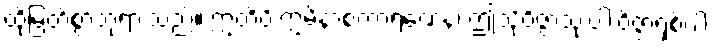
ထိုမြတ်စွာဘုရားသည်။ ဣတိပိ ဣမိနာစကာရဏေန၊ ဤသို့ဝိဇ္ဇာသုံးပါးဝိဇ္ဇာရှစ်ပါး